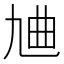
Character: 𪜔